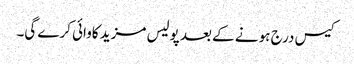
کیس درج ہو نے کے بعد پولیس مزید کاوائی کرے گی۔